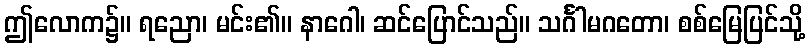
ဤလောက၌။ ရညော၊ မင်း၏။ နာဂေါ၊ ဆင်ပြောင်သည်။ သင်္ဂါမဂတော၊ စစ်မြေပြင်သို့